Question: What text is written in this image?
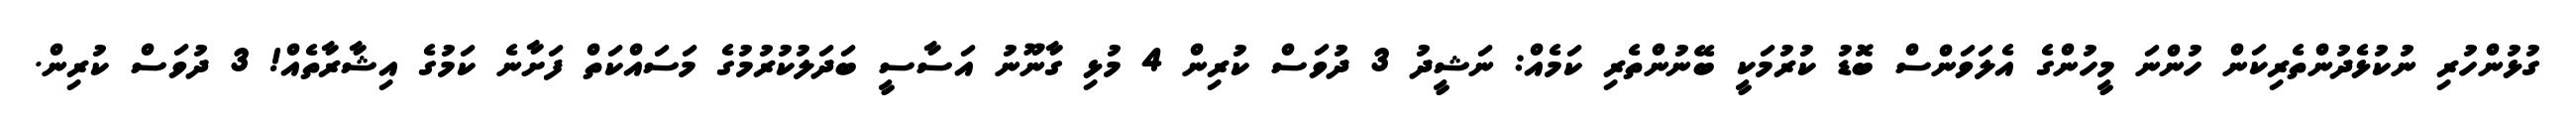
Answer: ގުޅުންހުރި ނުކުޅެދުންތެރިކަން ހުންނަ މީހުންގެ އެލަވަންސް ބޮޑު ކުރުމަކީ ބޭނުންތެރި ކަމެއް: ނަޝީދު 3 ދުވަސް ކުރިން 4 މުޅި ގާނޫނު އަސާސީ ބަދަލުކުރުމުގެ މަސައްކަތް ފަށާނެ ކަމުގެ އިޝާރާތެއް! 3 ދުވަސް ކުރިން.